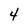
Character: 4